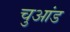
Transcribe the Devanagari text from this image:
चुआंड